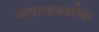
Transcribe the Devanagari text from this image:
आपल्याबबरोबर